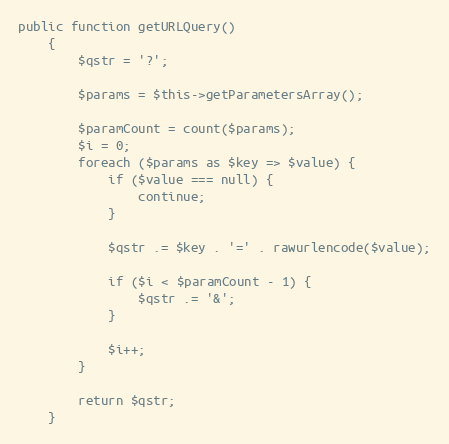
Language: PHP
public function getURLQuery()
    {
        $qstr = '?';

        $params = $this->getParametersArray();

        $paramCount = count($params);
        $i = 0;
        foreach ($params as $key => $value) {
            if ($value === null) {
                continue;
            }

            $qstr .= $key . '=' . rawurlencode($value);

            if ($i < $paramCount - 1) {
                $qstr .= '&';
            }

            $i++;
        }

        return $qstr;
    }